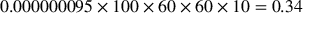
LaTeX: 0 . 0 0 0 0 0 0 0 9 5 \times 1 0 0 \times 6 0 \times 6 0 \times 1 0 = 0 . 3 4